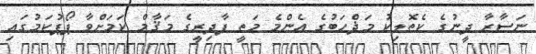
ނަޞާރާ ދީނުގެ ކެތޮލިކު މަޛްހަބުގެ އެންމެ މަތީ ފާދިރީގެ މަޤާމް ކަމަށްވާ ޕޯޕުކަމުގައި